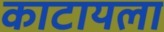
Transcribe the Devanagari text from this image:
काटायला